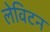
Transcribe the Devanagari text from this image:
लेविटन